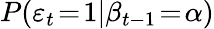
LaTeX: P(\varepsilon_{t}\! =\! 1|\beta_{t-1}\! =\! \alpha)